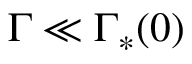
\Gamma \ll \Gamma _ { \ast } ( 0 )